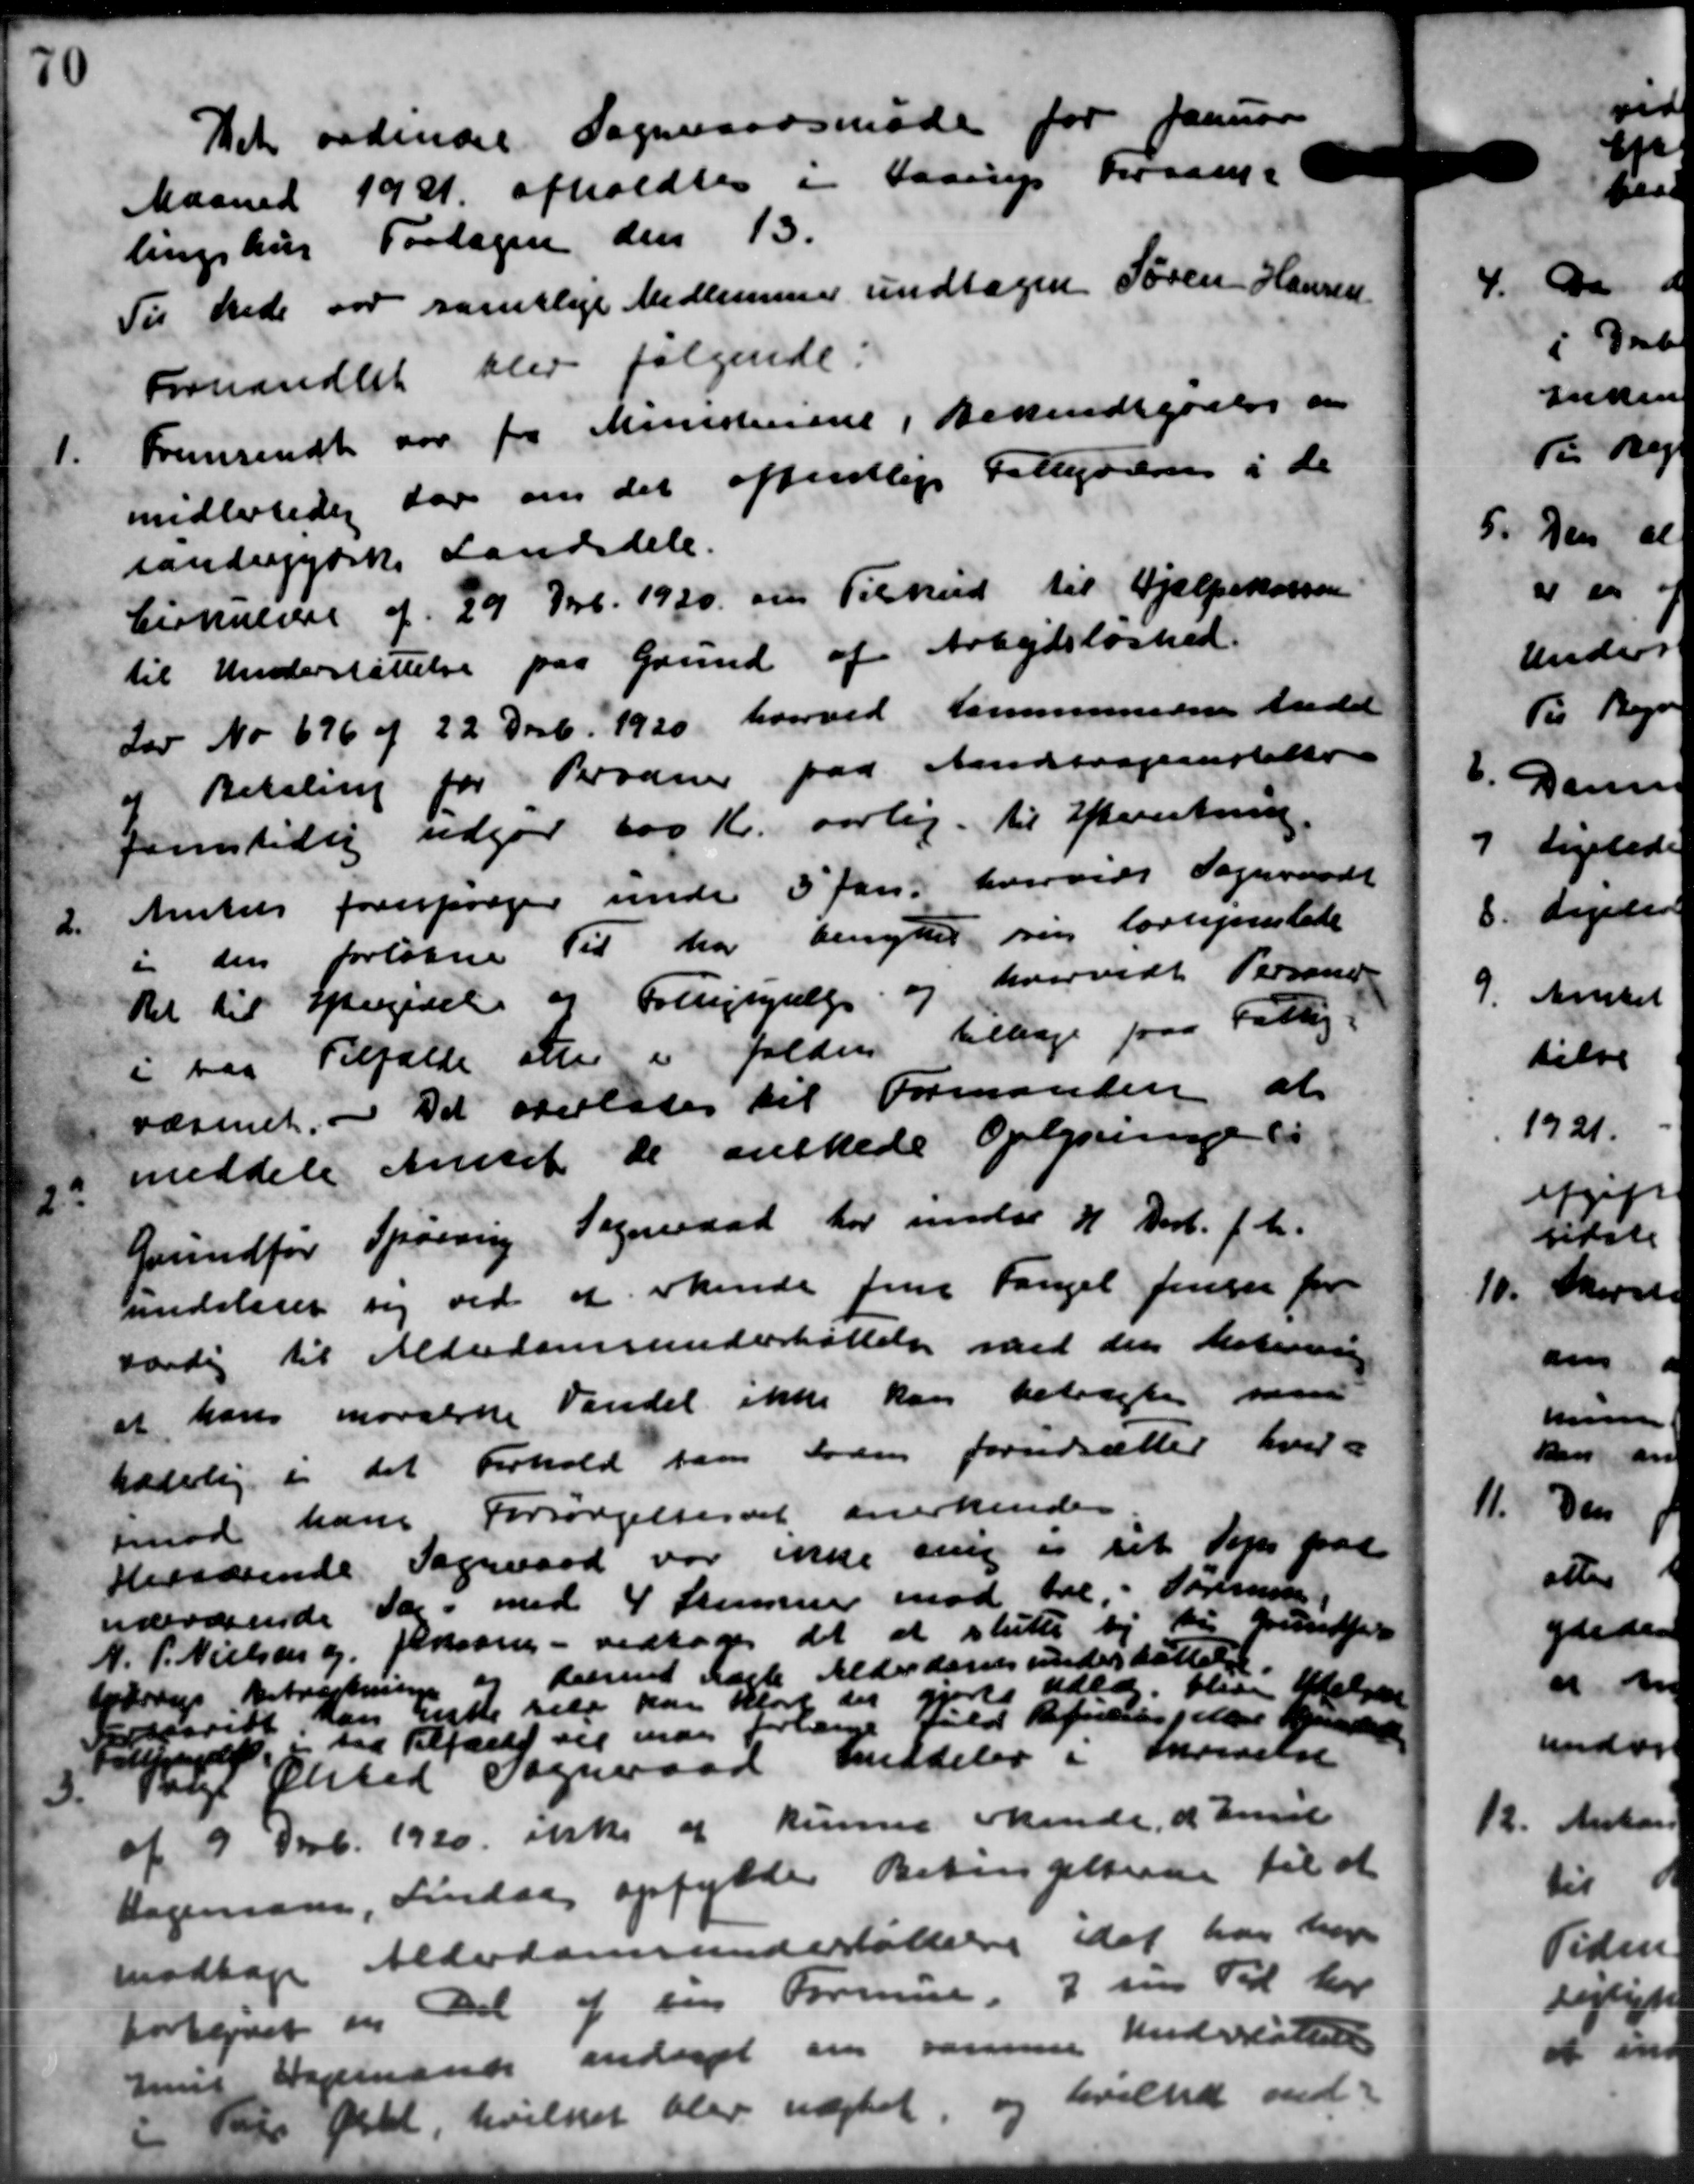
Transskription:
Det ordinære Sogneraadsmøde for Januar
Maaned 1931 afholdtes i Haarup Forsang-
lingshus Fordagen den 13.
Til Stede var samtlige Medlemmer undtagen Søren Hansen
Forhandlet blev følgende:
1.
Fremsendt var for Ministeriene i Bekendegaaede en
midlertidig for om det offentlige Tilladelsen i de
ianderjydske Landsdele.
Cirkulære af 29 Nvb. 1930 om Tilskud til Hjælpekassen
til Understøttelse paa Grund af Arbejdsløshed.
Lov No 676 af 22 Decb. 1920 hvorved Kommunerne Andel
a Betaling for Bodner paa Andragenstalte
femstille udgør 600 Kr. aarlig til Efterretning.
2.
Amtets forespørger under 5 Jan, hvorvidt Sogneraadt
i den forløbne Til har benytter sig lovligelede
Ret til Eftergivelse af Fattighjælp og hvorvidt Personer
i var Tilfælde at i falden tilbage paa Fattig-
væsenet, og Det overlades til Formanden at
2:
meddele Amtet de ønskede Oplysninger i
Grundfor Spørring Sogneraad har indse 4 Decb. f. M.
undslager sig ved at erkende Jens Fangel Jensen for
værdig til Alderdomsunderstøttelse med den bestering
at hans moralske Vandel ikke kan betragte sam
halvlig i det Forhold som foden forudsætter hvil-
imod hans Forsørgelsesret anerkendes
Herværende Sogneraad var inde sig i sit den paa
udeværende Sag. med 4 Stemmer mod til, i Formue.
N. P. Nielsen og Person - vedtoges det at slutte by til Grundfor
lyderes Betragtning og derende Læste Alderdomsunderstøttelse.
såvidt, kan reste selv kan kjørt der  r udlag blive Vælger
Alfreds faa Tilfælde sig man forlange Fald Refucipeller Henhold

Valgt Ølsted Sogneraad meddeler i Skrivelse
af 9 Novb. 1920 ikke af kunne Minde d Emil
Dagenson, Lindaa opfylde Betingelserne til at
modtage Alderdomsunderstøttelse idet har har
Fortegnet en Del af sin Formue 2 sin Tid har
hus Vejmands andragt om samme Understøttelse
tags Ortel, hvilket blev nægtet og hvilket ind-